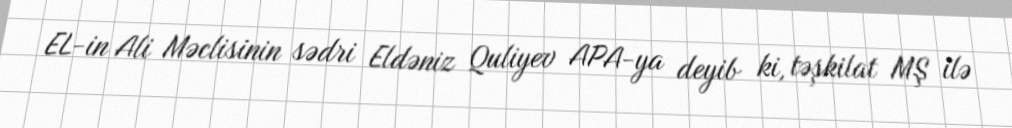
EL-in Ali Məclisinin sədri Eldəniz Quliyev APA-ya deyib ki, təşkilat MŞ ilə